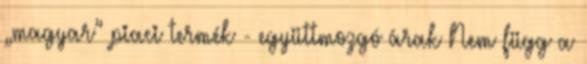
„magyar” piaci termék - együttmozgó árak Nem függ a